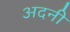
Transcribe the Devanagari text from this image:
अदनी